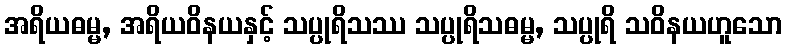
အရိယဓမ္မ, အရိယဝိနယနှင့် သပ္ပုရိသဿ သပ္ပုရိသဓမ္မ, သပ္ပုရိ သဝိနယဟူသော